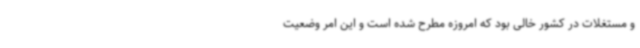
و مستغلات در کشور خالی بود که امروزه مطرح‌ شده است و این امر وضعیت